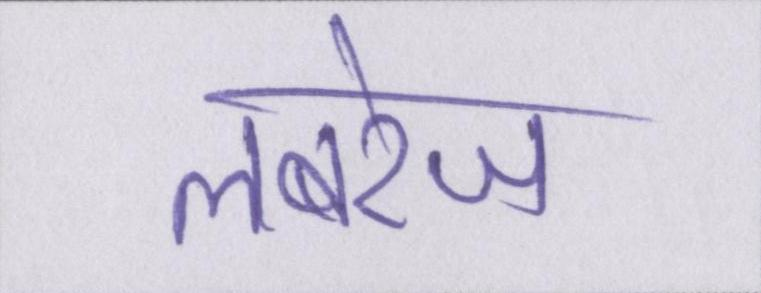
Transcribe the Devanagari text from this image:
लबरेज